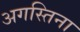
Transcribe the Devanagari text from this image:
अगस्तिना